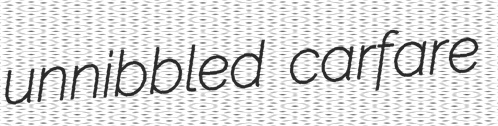
unnibbled carfare